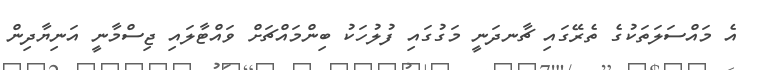
އެ މައްސަލަތަކުގެ ތެރޭގައި ޗާނދަނީ މަގުގައި ފުލުހަކު ބިންމައްޗަށް ވައްޓާލައި ޖިސްމާނީ އަނިޔާދިން